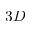
3 D